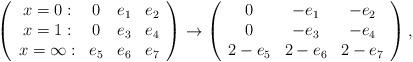
LaTeX: \begin{align*}\left(\begin{array}{cccc}x=0:&0&e_1&e_2\\x=1:&0&e_3&e_4\\x=\infty:&e_5&e_6&e_7\end{array}\right)\to\left(\begin{array}{ccc}0&-e_1&-e_2\\0&-e_3&-e_4\\2-e_5&2-e_6&2-e_7\end{array}\right),\end{align*}